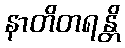
နာတိတရန္တိ